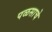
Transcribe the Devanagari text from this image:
पळसाचे